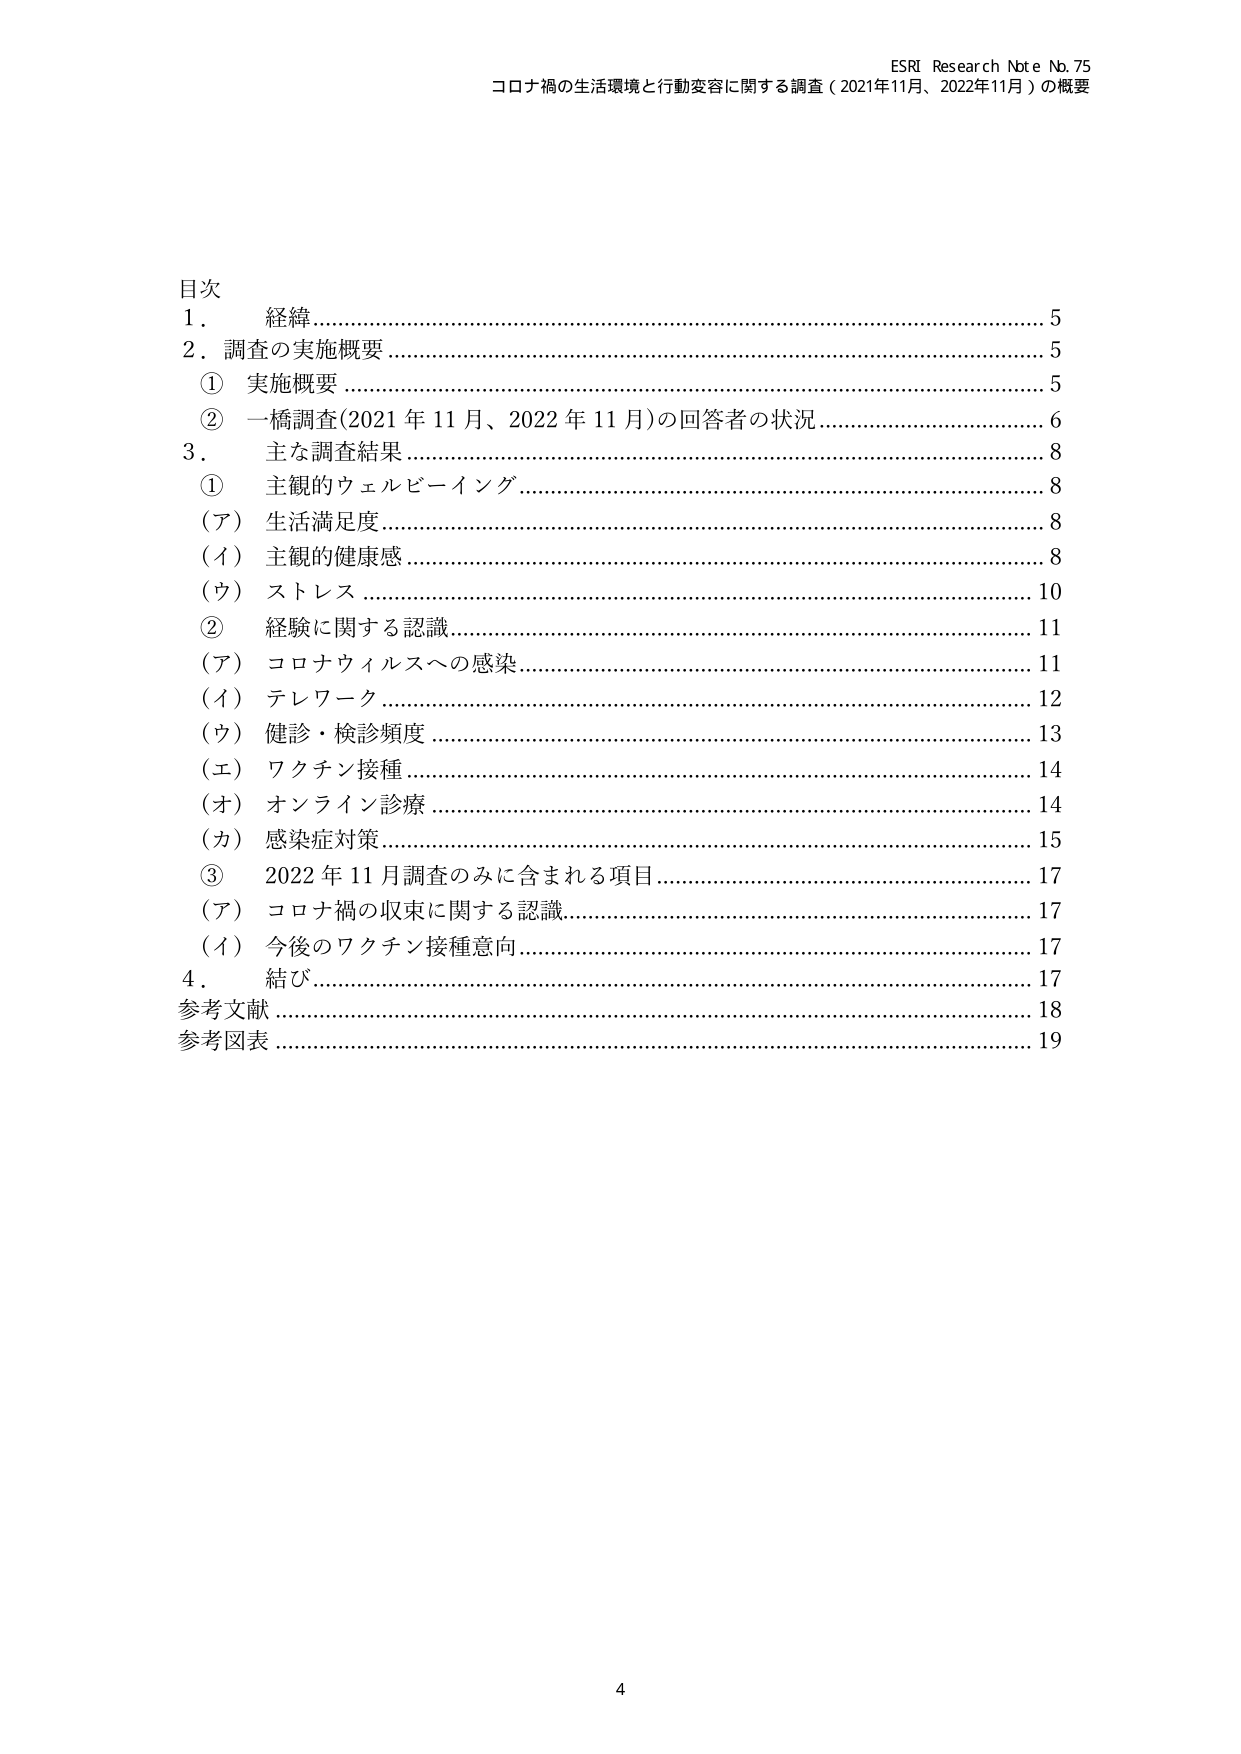
ESRI Research Note No. 75
コロナ禍の生活環境と行動変容に関する調査（2021年11月、2022年11月）の概要

目次
1． 経緯…………………………………………………………………………………5
2． 調査の実施概要 ……………………………………………………………………5
　① 実施概要 …………………………………………………………………………5
　② 一橋調査(2021年11月、2022年11月)の回答者の状況 ………………………6
3． 主な調査結果 ……………………………………………………………………8
　① 主観的ウェルビーイング ………………………………………………………8
　　（ア）生活満足度 ………………………………………………………………8
　　（イ）主観的健康感 ……………………………………………………………8
　　（ウ）ストレス …………………………………………………………………10
　② 経験に関する認識 ………………………………………………………………11
　　（ア）コロナウィルスへの感染 ………………………………………………11
　　（イ）テレワーク ………………………………………………………………12
　　（ウ）健診・検診頻度 …………………………………………………………13
　　（エ）ワクチン接種 ……………………………………………………………14
　　（オ）オンライン診療 …………………………………………………………14
　　（カ）感染症対策 ………………………………………………………………15
　③ 2022年11月調査のみに含まれる項目 …………………………………………17
　　（ア）コロナ禍の収束に関する認識 …………………………………………17
　　（イ）今後のワクチン接種意向 ………………………………………………17
4． 結び ………………………………………………………………………………17
参考文献 ………………………………………………………………………………18
参考図表 ………………………………………………………………………………19

4